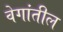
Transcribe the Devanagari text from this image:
वेगांतील